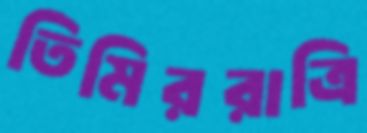
তিমিররাত্রি